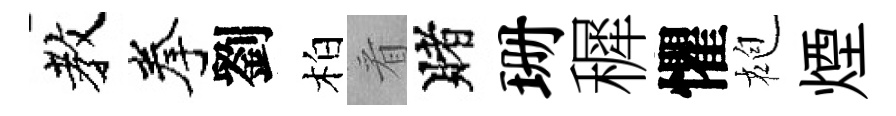
教拳劉柏㸔賭珊穉懼袍煙